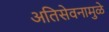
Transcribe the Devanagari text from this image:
अतिसेवनामुळे